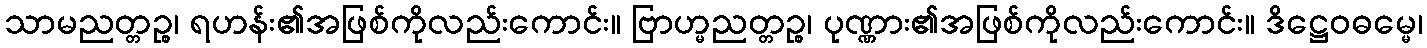
သာမညတ္တဉ္စ၊ ရဟန်း၏အဖြစ်ကိုလည်းကောင်း။ ဗြာဟ္မညတ္တဉ္စ၊ ပုဏ္ဏား၏အဖြစ်ကိုလည်းကောင်း။ ဒိဋ္ဌေဝဓမ္မေ၊